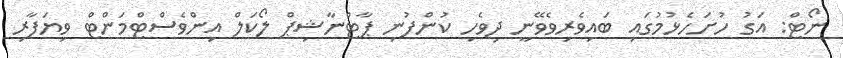
ނޯޓް: އަގު ހުށަހެޅުމުގައި ބައިވެރިވެވޭނީ ދިވެހި ކުންފުނި ޕާޓްނާޝިޕް ލޯކަލް އިންވެސްޓްމަންޓް ވިޔަފާރި